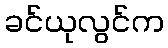
ခင်ယုလွင်က